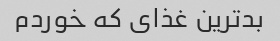
بدترین غذای که خوردم